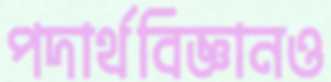
পদার্থবিজ্ঞানও